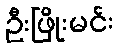
ဦးဖြိုးမင်း